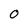
Character: 0